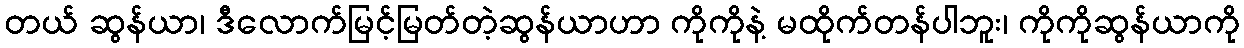
တယ် ဆွန်ယာ၊ ဒီလောက်မြင့်မြတ်တဲ့ဆွန်ယာဟာ ကိုကိုနဲ့ မထိုက်တန်ပါဘူး၊ ကိုကိုဆွန်ယာကို